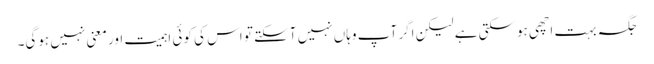
جگہ بہت اچھی ہوسکتی ہے لیکن اگر آپ وہاں نہیں آسکتے تو اس کی کوئی اہمیت اور معنی نہیں ہوگی۔